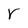
Character: r